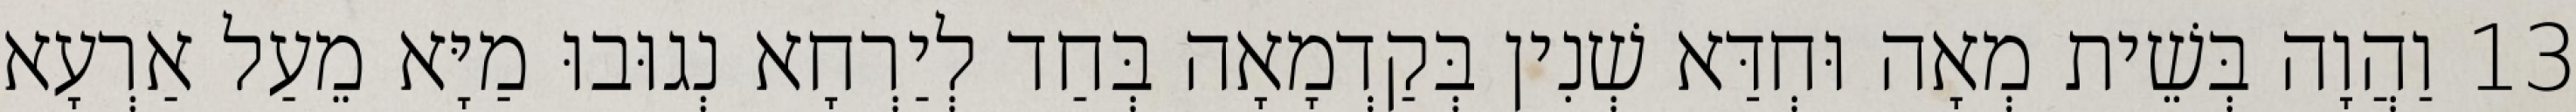
13 וַהֲוָה בְּשֵׁית מְאָה וּחְדַּא שְׁנִין בְּקַדְמָאָה בְּחַד לְיַרְחָא נְגוּבוּ מַיָּא מֵעַל אַרְעָא